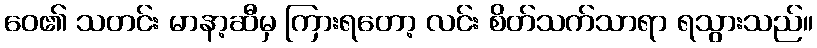
ဝေ၏ သတင်း မာနာ့ဆီမှ ကြားရတော့ လင်း စိတ်သက်သာရာ ရသွားသည်။